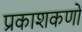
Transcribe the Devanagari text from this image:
प्रकाशकणों